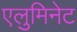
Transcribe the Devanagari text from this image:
एलुमिनेट